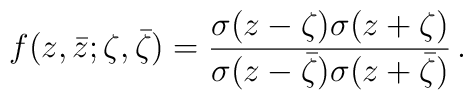
f(z,\bar z; \zeta, \bar\zeta )= {\sigma ({z-\zeta })\sigma ({z+\zeta })\over\sigma ({z-\bar \zeta })\sigma ({z +\bar\zeta } )}\,.